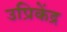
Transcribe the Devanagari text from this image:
उप्रिकेंद्र